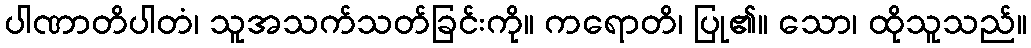
ပါဏာတိပါတံ၊ သူအသက်သတ်ခြင်းကို။ ကရောတိ၊ ပြု၏။ သော၊ ထိုသူသည်။